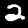
Digit: 2